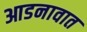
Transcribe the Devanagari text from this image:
आडनावात